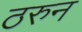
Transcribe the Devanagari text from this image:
ठरुन